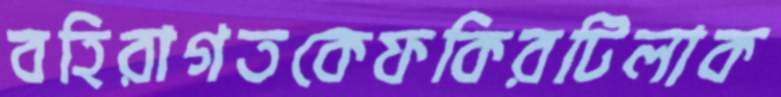
বহিরাগতকেফকিরটিলাক